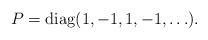
LaTeX: \begin{align*}P=\operatorname{diag}(1,-1,1,-1,\ldots).\end{align*}